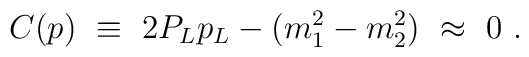
C(p)\ \equiv \ 2P_Lp_L - (m_1^2-m_2^2)\ \approx \ 0\ .